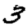
Digit: 3